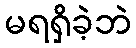
မရရှိခဲ့ဘဲ